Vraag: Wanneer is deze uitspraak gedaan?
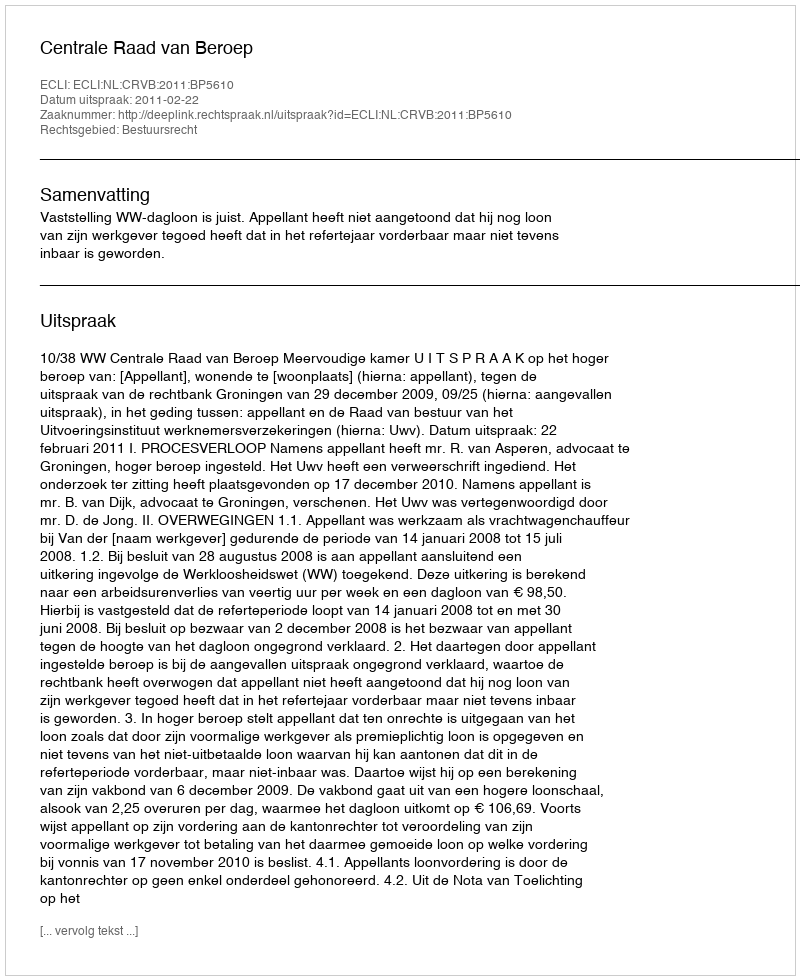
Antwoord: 2011-02-22